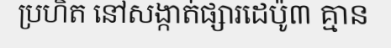
ប្រហិត នៅសង្កាត់ផ្សារដេប៉ូ៣ គ្មាន